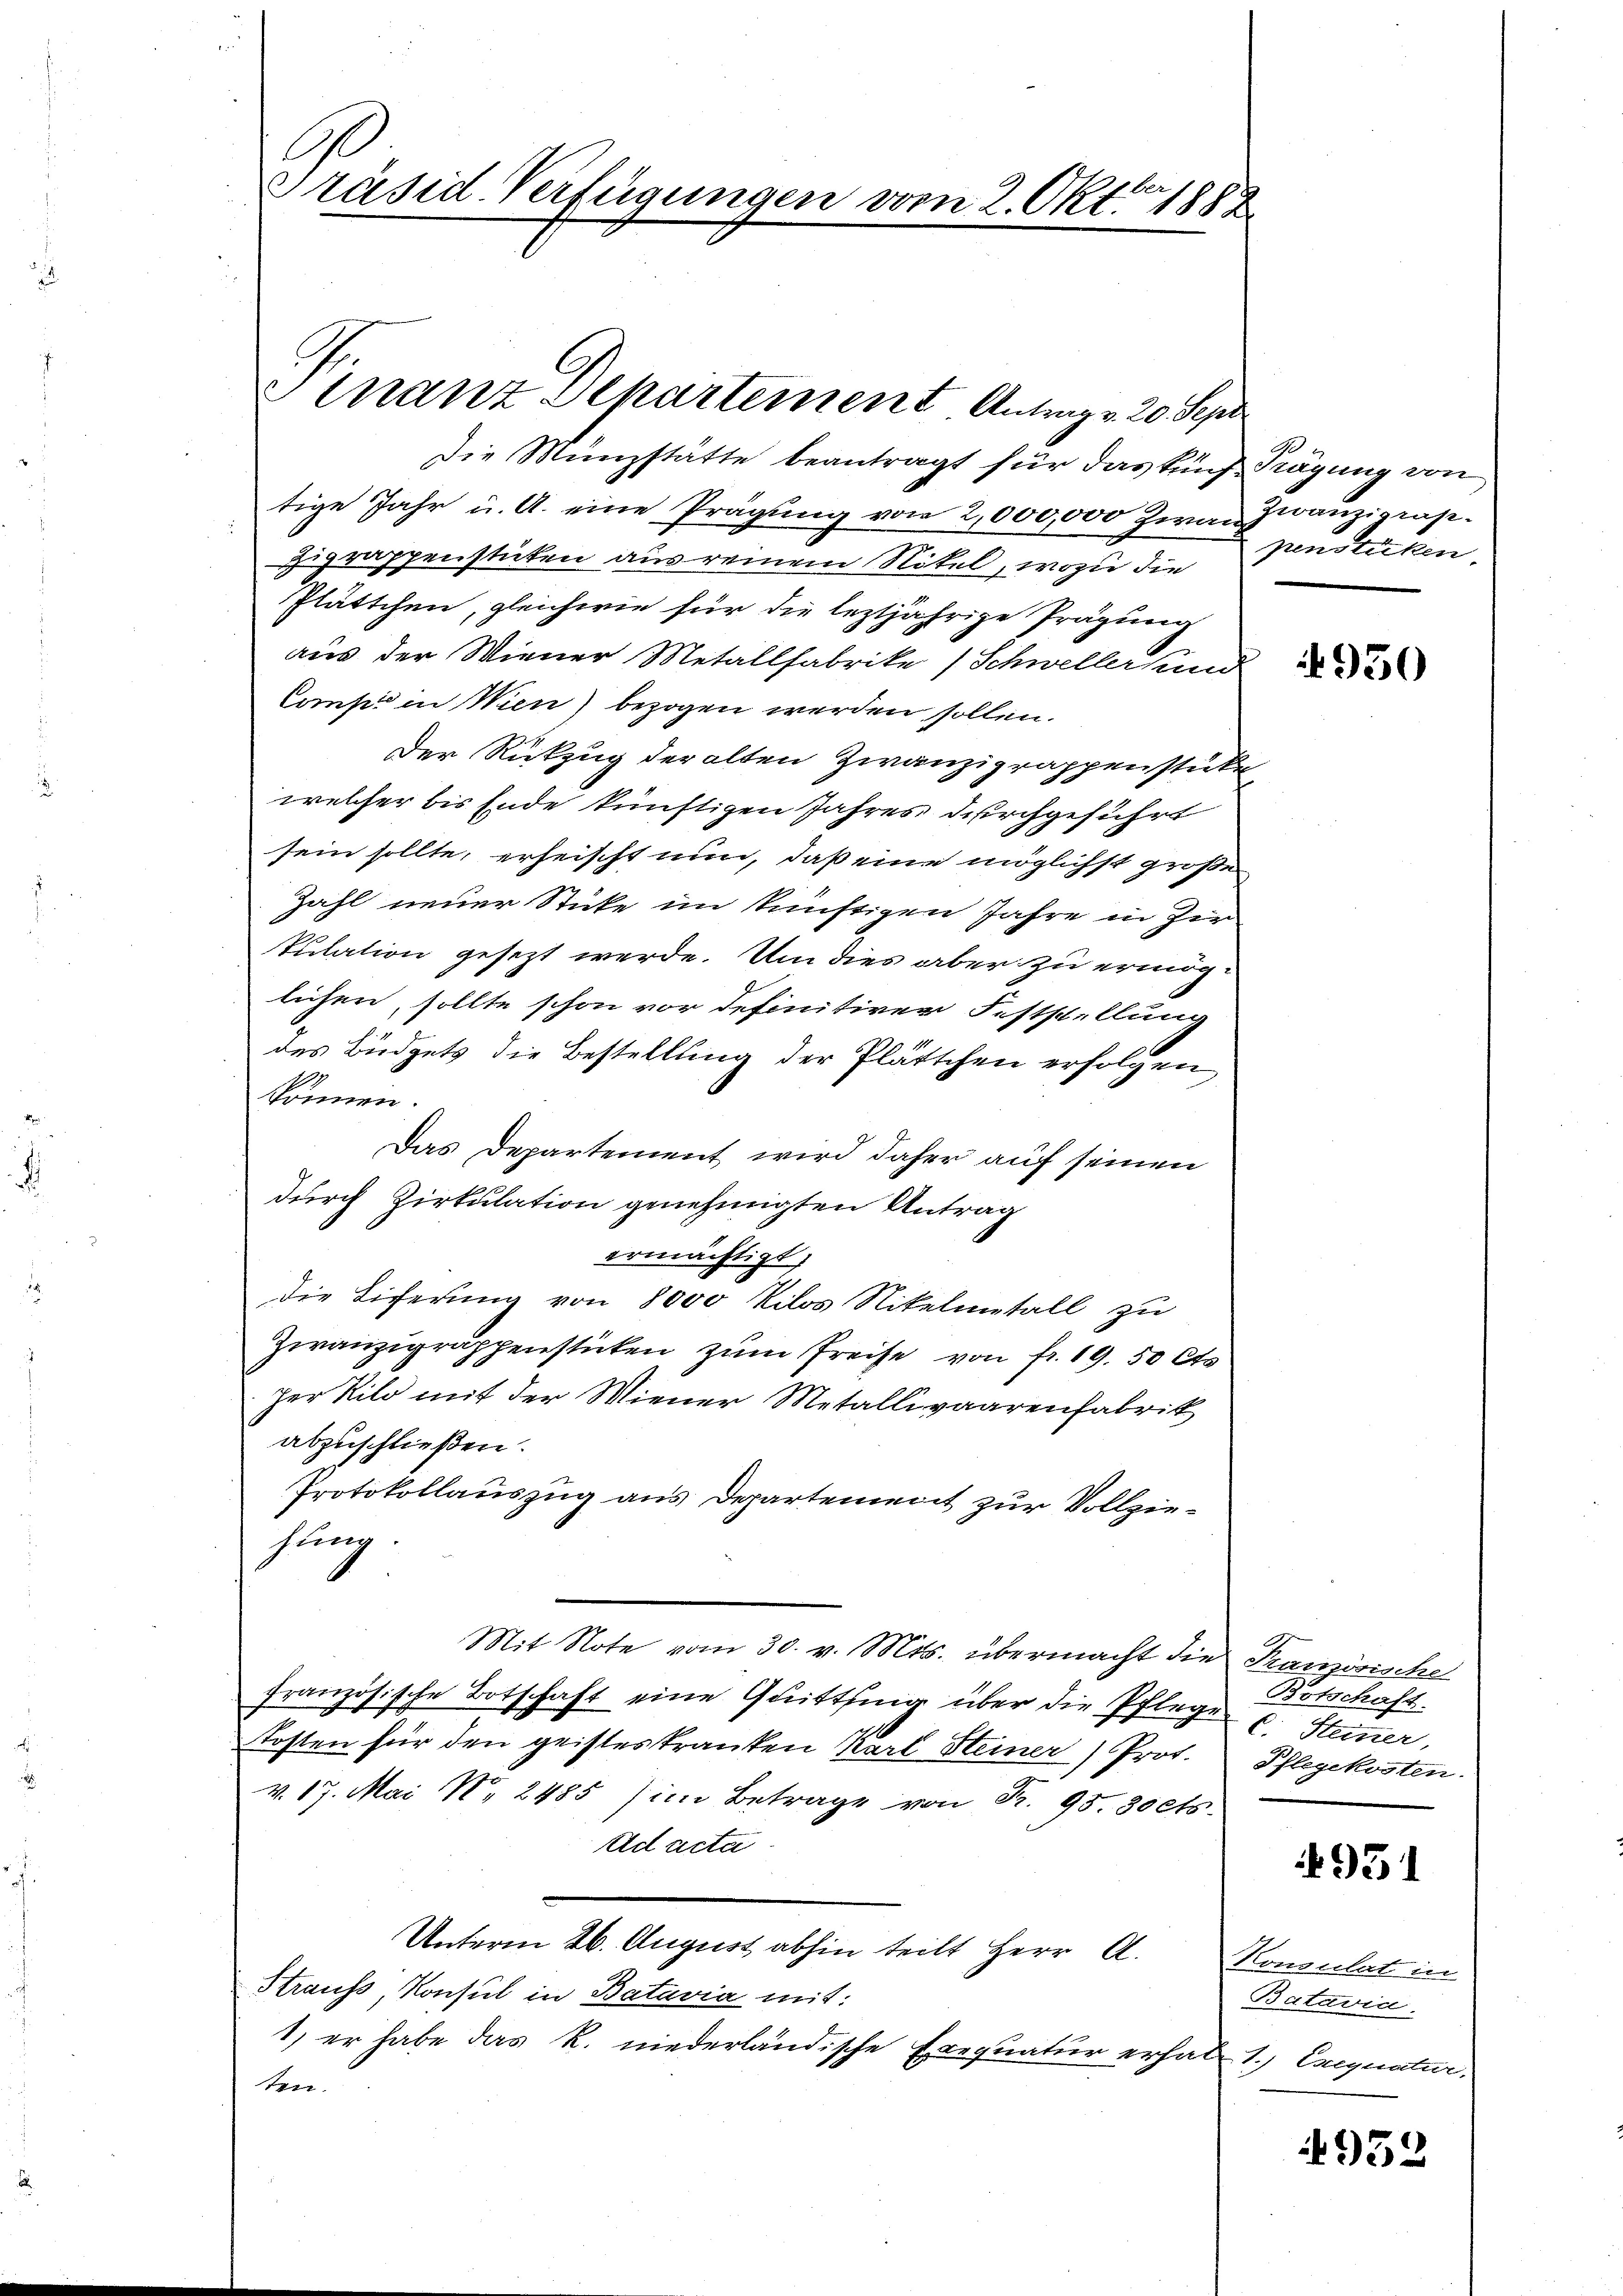
Die Münzstätte beantragt für das fünf Kägung von
tige Jahr u. A. eine Prägŭng von 2,000,000 Zwai franzigrap
uprappenstuten aus reinem Nötel, wozu die
Plättchen, gleichwie für die leztjährige Prägung
aus der Wiener Metallfabrike (Schweller und
Comp in Wien) bezogen werden sollen.
Der Rückzug der alten Zwanzigrappenstücke
welcher bis Ende künftigen Jahres durchgeführt
sein sollte, erheischt nun, daß eine möglichst großer
Zahl neuer Stücke im künftigen Jahre in Zir
kulation gesezt werde. Um dies aber zu ermöglichen, sollte schon vor definitiver Feststellung
des Büdgets die Bestellung der Plättchen erfolgen,
können.
Das Departement wird daher auf seinen
durch Zirkulation genehmigten Antrag
ermächtigt.
die Eiferung von 8000 Kilos Nikelmetall zu
Zwanzigrappenstücken zum Preise von fr. 19. 50 Cts.
Jer Kilo mit der Wiener Metallivaarenfabrik
abzuschließen.
Protokollauszug aus Departement zur Vollziehung
Mit Note vom 30. v. Mts. übermacht die Französische
französische Botschaft eine Quittung über die Pflege u. Steiner,
Kosten für den geisteskranken Karl Steiner Prot. Pflegekosten.
v. 17. Mai No 2485 im Betrage von Fr. 95. 30 cts.
Ad acta
Unterm 26. August abhin teilt Herr A. Konsulat in
Krauss, Konsul in Batavia mit:
1) er habe das R. niederländische Exequatur erhalt 1.) Exequatur,
ten.

.
Präsid-Verfügungen vom 2. Okt. 1882

Sinanz Departement Antrag v. 20. Sept

penstücken.

950

Botschaft.

951

Batavin.

4952